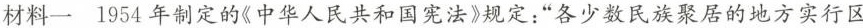
材料一 1954年制定的《中华人民共和国宪法》规定：”各少数民族聚居的地方实行区